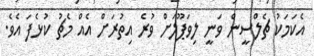
އެކަމަކު ޗެލްސީން ވަނީ ލިވަޕޫލަށް ވުރެ އިތުރަށް އެއް މެޗު ކުޅެފަ އެވެ.